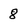
Character: 8